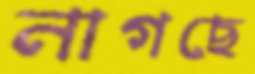
নাগছে